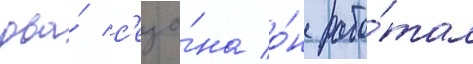
два́ с'езо́на о́н рабо́тал